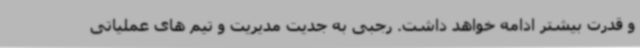
و قدرت بیشتر ادامه خواهد داشت. رجبی به جدیت مدیریت و تیم های عملیاتی